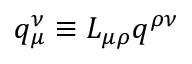
q _ { \mu } ^ { \nu } \equiv L _ { \mu \rho } q ^ { \rho \nu }